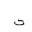
Letter: _ta